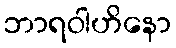
ဘာရဝါဟိနော